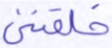
خلقتني